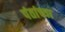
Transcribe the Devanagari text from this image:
पंतांच्या